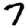
Digit: 7